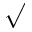
\surd